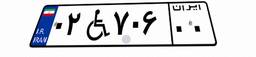
۳۲W۲۴۳۱۰